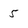
Character: 5